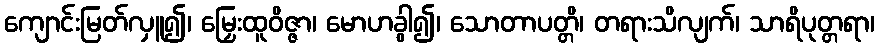
ကျောင်းမြတ်လှူ၍၊ မြှေးထူဝိဇ္ဇာ၊ မောဟခွါ၍၊ သောတာပတ္တိ၊ တရားသိလျက်၊ သာရိပုတ္တရာ၊